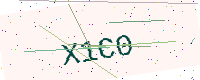
Text: X1C0